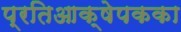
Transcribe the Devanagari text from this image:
प्रतिआक्षेपकका